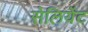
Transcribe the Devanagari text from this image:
सेलियेंट